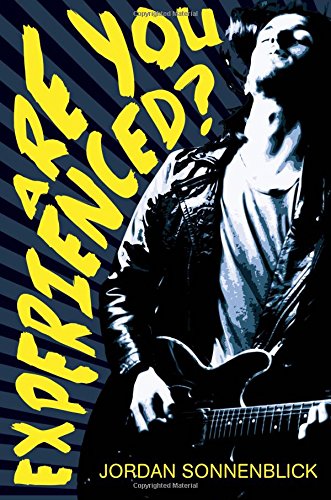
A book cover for Are You Experienced?; Jordan Sonnenblick; Teen & Young Adult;